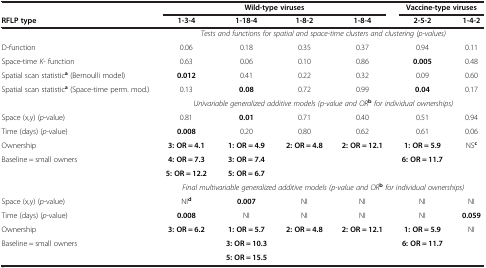
<table><thead><tr><td><b> </b></td><td colspan="4"><b>Wild-type viruses</b></td><td colspan="2"><b>Vaccine-type viruses</b></td></tr><tr><td><b>RFLP type</b></td><td><b>1-3-4</b></td><td><b>1-18-4</b></td><td><b>1-8-2</b></td><td><b>1-8-4</b></td><td><b>2-5-2</b></td><td><b>1-4-2</b></td></tr></thead><tbody><tr><td> </td><td colspan="6"><i>Tests and functions for spatial and space-time clusters and clustering (p-values)</i></td></tr><tr><td>D-function</td><td>0.06</td><td>0.18</td><td>0.35</td><td>0.37</td><td>0.94</td><td>0.11</td></tr><tr><td>Space-time <i>K-</i> function</td><td>0.63</td><td>0.06</td><td>0.10</td><td>0.86</td><td><b>0.005</b></td><td>0.48</td></tr><tr><td>Spatial scan statistic<sup><b>a</b></sup> (Bernoulli model)</td><td><b>0.012</b></td><td>0.41</td><td>0.22</td><td>0.32</td><td>0.09</td><td>0.60</td></tr><tr><td>Spatial scan statistic<sup><b>a</b></sup> (Space-time perm. mod.)</td><td>0.13</td><td><b>0.08</b></td><td>0.72</td><td>0.99</td><td><b>0.04</b></td><td>0.17</td></tr><tr><td> </td><td colspan="6"><i>Univariable generalized additive models (p-value and OR</i><sup><b>b</b></sup><i>for individual ownerships)</i></td></tr><tr><td>Space (x,y) (<i>p</i>-value)</td><td>0.81</td><td><b>0.01</b></td><td>0.71</td><td>0.40</td><td>0.51</td><td>0.94</td></tr><tr><td>Time (days) (<i>p</i>-value)</td><td><b>0.008</b></td><td>0.20</td><td>0.80</td><td>0.62</td><td>0.61</td><td>0.06</td></tr><tr><td>Ownership</td><td><b>3: OR = 4.1</b></td><td><b>1: OR = 4.9</b></td><td><b>2: OR = 4.8</b></td><td><b>2: OR = 12.1</b></td><td><b>1: OR = 5.9</b></td><td>NS<sup><b>c</b></sup></td></tr><tr><td>Baseline = small owners</td><td><b>4: OR = 7.3</b></td><td><b>3: OR = 7.4</b></td><td> </td><td> </td><td><b>6: OR = 11.7</b></td><td> </td></tr><tr><td> </td><td><b>5: OR = 12.2</b></td><td><b>5: OR = 6.7</b></td><td> </td><td> </td><td> </td><td> </td></tr><tr><td> </td><td colspan="6"><i>Final multivariable generalized additive models (p-value and OR</i><sup><b>b</b></sup><i>for individual ownerships)</i></td></tr><tr><td>Space (x,y) (<i>p</i>-value)</td><td>NI<sup><b>d</b></sup></td><td><b>0.007</b></td><td>NI</td><td>NI</td><td>NI</td><td>NI</td></tr><tr><td>Time (days) (<i>p</i>-value)</td><td><b>0.008</b></td><td>NI</td><td>NI</td><td>NI</td><td>NI</td><td><b>0.059</b></td></tr><tr><td>Ownership</td><td><b>3: OR = 6.2</b></td><td><b>1: OR = 5.7</b></td><td><b>2: OR = 4.8</b></td><td><b>2: OR = 12.1</b></td><td><b>1: OR = 5.9</b></td><td>NI</td></tr><tr><td>Baseline = small owners</td><td> </td><td><b>3: OR = 10.3</b></td><td> </td><td> </td><td><b>6: OR = 11.7</b></td><td> </td></tr><tr><td> </td><td> </td><td><b>5: OR = 15.5</b></td><td> </td><td> </td><td> </td><td> </td></tr></tbody></table>